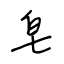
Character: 皂